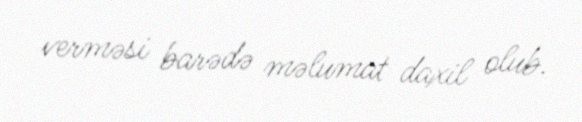
verməsi barədə məlumat daxil olub.